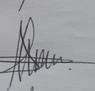
Signature authenticity: genuine